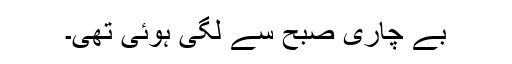
بے چاری صبح سے لگی ہوئی تھی۔